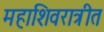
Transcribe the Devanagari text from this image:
महाशिवरात्रीत